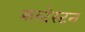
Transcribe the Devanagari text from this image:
क्रस्टेस्टन